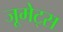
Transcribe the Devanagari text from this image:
जूमेट्स